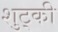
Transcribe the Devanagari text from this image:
शुट्की